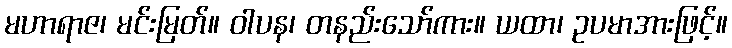
မဟာရာဇ၊ မင်းမြတ်။ ဝါပန၊ တနည်းသော်ကား။ ယထာ၊ ဥပမာအားဖြင့်။